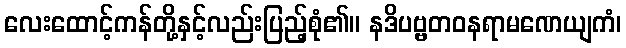
လေးထောင့်ကန်တို့နှင့်လည်းပြည့်စုံ၏။ နဒိပဗ္ဗတဝနရာမဏေယျကံ၊